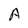
Character: A